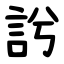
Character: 䚷